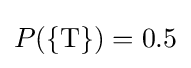
P(\{{\text{T}}\})=0.5